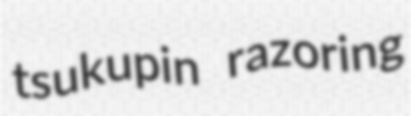
tsukupin razoring